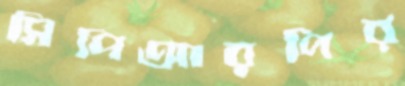
সিপিআরপির